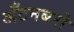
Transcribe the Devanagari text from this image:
अँटनबरो